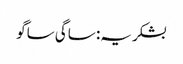
بشکریہ: ساگی ساگو